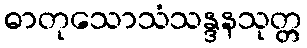
ဓာတုသောသံသန္ဒနသုတ္တ